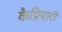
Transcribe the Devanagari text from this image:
कैप्रियाटी